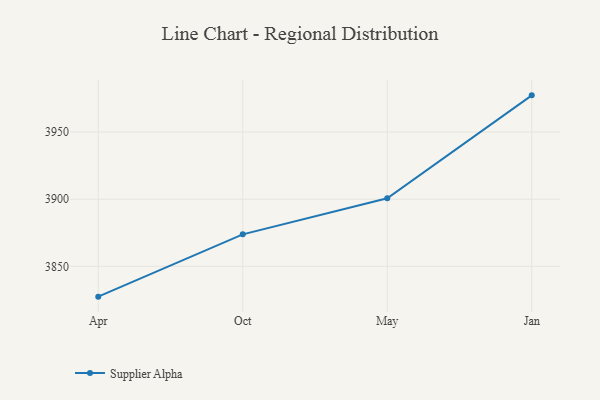
{"axis": {"x": "Month", "y": "Shipments"}, "legend": ["Supplier Alpha"], "data": [{"x": "Apr", "y": 3827.4, "type": "Supplier Alpha"}, {"x": "Oct", "y": 3873.8, "type": "Supplier Alpha"}, {"x": "May", "y": 3900.7, "type": "Supplier Alpha"}, {"x": "Jan", "y": 3977.3, "type": "Supplier Alpha"}]}